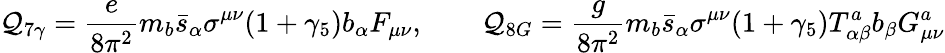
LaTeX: \mathcal{Q}_{7\gamma}=\frac{{e}}{{8\pi^{2}}}m_{b}\bar{{s}}_{\alpha}\sigma^{\mu\nu}(1+\gamma_{5})b_{\alpha}F_{\mu\nu},\qquad\mathcal{Q}_{8G}=\frac{{g}}{{8\pi^{2}}}m_{b}\bar{{s}}_{\alpha}\sigma^{\mu\nu}(1+\gamma_{5})T_{\alpha\beta}^{a}b_{\beta}G_{\mu\nu}^{a}